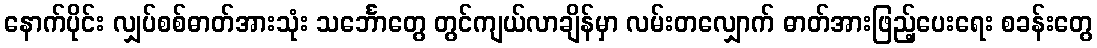
နောက်ပိုင်း လျှပ်စစ်ဓာတ်အားသုံး သင်္ဘောတွေ တွင်ကျယ်လာချိန်မှာ လမ်းတလျှောက် ဓာတ်အားဖြည့်ပေးရေး စခန်းတွေ